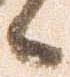
候